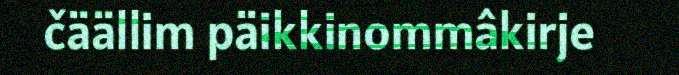
čäällim päikkinommâkirje